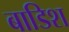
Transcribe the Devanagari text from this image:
बाडिश